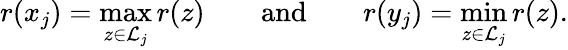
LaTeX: r(x_{j})=\operatorname*{max}_{z\in{\mathcal{L}}_{j}}r(z)\qquad{\mathrm{and}}\qquad r(y_{j})=\operatorname*{min}_{z\in{\mathcal{L}}_{j}}r(z).